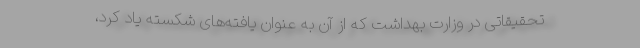
تحقیقاتی در وزارت بهداشت که از آن به عنوان یافته‌های شکسته یاد کرد،